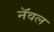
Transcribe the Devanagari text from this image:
नॅवल